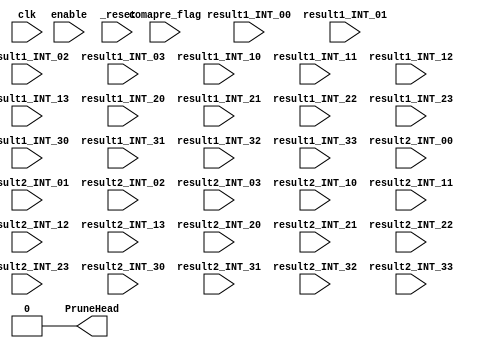
module arrayMean #(parameter width=8)(
	input enable,//to add elements
	input comapre_flag,//indicate that int*int matrices ended, to comape with threshold
	input signed [2*width-1:0] result1_INT_00,result1_INT_01 ,result1_INT_02 ,result1_INT_03,
	input signed [2*width-1:0] result1_INT_10,result1_INT_11 ,result1_INT_12 ,result1_INT_13,
	input signed [2*width-1:0] result1_INT_20,result1_INT_21 ,result1_INT_22 ,result1_INT_23,
	input signed [2*width-1:0] result1_INT_30,result1_INT_31 ,result1_INT_32 ,result1_INT_33,
	
	input signed [2*width-1:0] result2_INT_00,result2_INT_01 ,result2_INT_02 ,result2_INT_03,
	input signed [2*width-1:0] result2_INT_10,result2_INT_11 ,result2_INT_12 ,result2_INT_13,
	input signed [2*width-1:0] result2_INT_20,result2_INT_21 ,result2_INT_22 ,result2_INT_23,
	input signed [2*width-1:0] result2_INT_30,result2_INT_31 ,result2_INT_32 ,result2_INT_33 ,
	input clk,_reset,
		
	output  PruneHead=0
	);
	
		//define reg
	reg  [2*width-1:0] intermediateRes=0;
	
	reg  [2*width-1:0] result1_abs_INT_00 =0,result1_abs_INT_01=0 ,result1_abs_INT_02=0 ,result1_abs_INT_03=0;
	reg  [2*width-1:0] result1_abs_INT_10=0,result1_abs_INT_11=0 ,result1_abs_INT_12 =0,result1_abs_INT_13=0;
	reg  [2*width-1:0] result1_abs_INT_20=0,result1_abs_INT_21=0 ,result1_abs_INT_22 =0,result1_abs_INT_23=0;
	reg  [2*width-1:0] result1_abs_INT_30=0,result1_abs_INT_31=0 ,result1_abs_INT_32=0 ,result1_abs_INT_33=0;

	reg  [2*width-1:0] result2_abs_INT_00=0,result2_abs_INT_01=0 ,result2_abs_INT_02=0 ,result2_abs_INT_03=0;
	reg  [2*width-1:0] result2_abs_INT_10=0,result2_abs_INT_11=0 ,result2_abs_INT_12=0 ,result2_abs_INT_13=0;
	reg  [2*width-1:0] result2_abs_INT_20=0,result2_abs_INT_21=0 ,result2_abs_INT_22=0 ,result2_abs_INT_23=0;
	reg  [2*width-1:0] result2_abs_INT_30=0,result2_abs_INT_31=0 ,result2_abs_INT_32=0 ,result2_abs_INT_33=0;	

	wire[7:0] threshold = 220;
	reg headPruneReset=0;
	reg headFlag=0;
	assign PruneHead = headPruneReset &  headFlag;
	always@(posedge clk or negedge _reset)
	
	begin
		if(!_reset) 
		begin
		
			intermediateRes <= 0;
			headPruneReset<=0;
			
		end
		else
		begin
			headPruneReset<=1;
			if(enable)
			begin
			
			result1_abs_INT_00 <= result1_INT_00[2*width-1] ? -result1_INT_00 : result1_INT_00; // absolute
			result1_abs_INT_01 <= result1_INT_01[2*width-1] ? -result1_INT_01 : result1_INT_01; // absolute
			result1_abs_INT_02 <= result1_INT_02[2*width-1] ? -result1_INT_02 : result1_INT_02; // absolute
			result1_abs_INT_03 <= result1_INT_03[2*width-1] ? -result1_INT_03 : result1_INT_03; // absolute
			result1_abs_INT_10 <= result1_INT_10[2*width-1] ? -result1_INT_10 : result1_INT_10; // absolute
			result1_abs_INT_11 <= result1_INT_11[2*width-1] ? -result1_INT_11 : result1_INT_11; // absolute
			result1_abs_INT_12 <= result1_INT_12[2*width-1] ? -result1_INT_12 : result1_INT_12; // absolute
			result1_abs_INT_13 <= result1_INT_13[2*width-1] ? -result1_INT_13 : result1_INT_13; // absolute
			result1_abs_INT_20 <= result1_INT_20[2*width-1] ? -result1_INT_20 : result1_INT_20; // absolute
			result1_abs_INT_21 <= result1_INT_21[2*width-1] ? -result1_INT_21 : result1_INT_21; // absolute
			result1_abs_INT_22 <= result1_INT_22[2*width-1] ? -result1_INT_22 : result1_INT_22; // absolute
			result1_abs_INT_23 <= result1_INT_23[2*width-1] ? -result1_INT_23 : result1_INT_23; // absolute
			result1_abs_INT_30 <= result1_INT_30[2*width-1] ? -result1_INT_30 : result1_INT_30; // absolute
			result1_abs_INT_31 <= result1_INT_31[2*width-1] ? -result1_INT_31 : result1_INT_31; // absolute
			result1_abs_INT_32 <= result1_INT_32[2*width-1] ? -result1_INT_32 : result1_INT_32; // absolute
			result1_abs_INT_33 <= result1_INT_33[2*width-1] ? -result1_INT_33 : result1_INT_33; // absolute
			
			result2_abs_INT_00 <= result2_INT_00[2*width-1] ? -result2_INT_00 : result2_INT_00; // absolute
			result2_abs_INT_01 <= result2_INT_01[2*width-1] ? -result2_INT_01 : result2_INT_01; // absolute
			result2_abs_INT_02 <= result2_INT_02[2*width-1] ? -result2_INT_02 : result2_INT_02; // absolute
			result2_abs_INT_03 <= result2_INT_03[2*width-1] ? -result2_INT_03 : result2_INT_03; // absolute
			result2_abs_INT_10 <= result2_INT_10[2*width-1] ? -result2_INT_10 : result2_INT_10; // absolute
			result2_abs_INT_11 <= result2_INT_11[2*width-1] ? -result2_INT_11 : result2_INT_11; // absolute
			result2_abs_INT_12 <= result2_INT_12[2*width-1] ? -result2_INT_12 : result2_INT_12; // absolute
			result2_abs_INT_13 <= result2_INT_13[2*width-1] ? -result2_INT_13 : result2_INT_13; // absolute
			result2_abs_INT_20 <= result2_INT_20[2*width-1] ? -result2_INT_20 : result2_INT_20; // absolute
			result2_abs_INT_21 <= result2_INT_21[2*width-1] ? -result2_INT_21 : result2_INT_21; // absolute
			result2_abs_INT_22 <= result2_INT_22[2*width-1] ? -result2_INT_22 : result2_INT_22; // absolute
			result2_abs_INT_23 <= result2_INT_23[2*width-1] ? -result2_INT_23 : result2_INT_23; // absolute
			result2_abs_INT_30 <= result2_INT_30[2*width-1] ? -result2_INT_30 : result2_INT_30; // absolute
			result2_abs_INT_31 <= result2_INT_31[2*width-1] ? -result2_INT_31 : result2_INT_31; // absolute
			result2_abs_INT_32 <= result2_INT_32[2*width-1] ? -result2_INT_32 : result2_INT_32; // absolute
			result2_abs_INT_33 <= result2_INT_33[2*width-1] ? -result2_INT_33 : result2_INT_33; // absolute
		
			end
			
		end
	end
always @(result1_abs_INT_00 , result1_abs_INT_01 , result1_abs_INT_02 , result1_abs_INT_03 ,
						  result1_abs_INT_10 , result1_abs_INT_11 , result1_abs_INT_12 , result1_abs_INT_13 ,
						  result1_abs_INT_20 , result1_abs_INT_21 , result1_abs_INT_22 , result1_abs_INT_23 ,
						  result1_abs_INT_30 , result1_abs_INT_31 , result1_abs_INT_32 , result1_abs_INT_33 ,
						  result2_abs_INT_00 , result2_abs_INT_01 , result2_abs_INT_02 , result2_abs_INT_03 ,
						  result2_abs_INT_10 , result2_abs_INT_11 , result2_abs_INT_12 , result2_abs_INT_13 ,
						  result2_abs_INT_20 , result2_abs_INT_21 , result2_abs_INT_22 , result2_abs_INT_23 ,
						  result2_abs_INT_30 , result2_abs_INT_31 , result2_abs_INT_32 , result2_abs_INT_33 )
	begin
	
		intermediateRes = intermediateRes+ result1_abs_INT_00 + result1_abs_INT_01 + result1_abs_INT_02 + result1_abs_INT_03 +
						  result1_abs_INT_10 + result1_abs_INT_11 + result1_abs_INT_12 + result1_abs_INT_13 +
						  result1_abs_INT_20 + result1_abs_INT_21 + result1_abs_INT_22 + result1_abs_INT_23 +
						  result1_abs_INT_30 + result1_abs_INT_31 + result1_abs_INT_32 + result1_abs_INT_33 +
						  result2_abs_INT_00 + result2_abs_INT_01 + result2_abs_INT_02 + result2_abs_INT_03 +
						  result2_abs_INT_10 + result2_abs_INT_11 + result2_abs_INT_12 + result2_abs_INT_13 +
						  result2_abs_INT_20 + result2_abs_INT_21 + result2_abs_INT_22 + result2_abs_INT_23 +
						  result2_abs_INT_30 + result2_abs_INT_31 + result2_abs_INT_32 + result2_abs_INT_33 ;
	
	if(comapre_flag)
	begin
		if (intermediateRes[2*width-1:width] <= threshold)
				headFlag = 1;
		else
				headFlag = 0;
		
		end
	
	end
	
endmodule